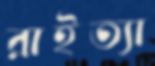
রাইত্যা